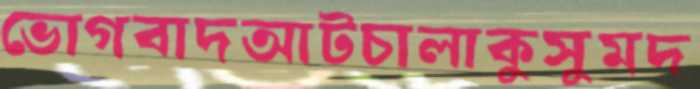
ভোগবাদআটচালাকুসুমদ